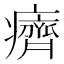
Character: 癠